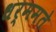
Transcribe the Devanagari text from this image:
धर्ममते